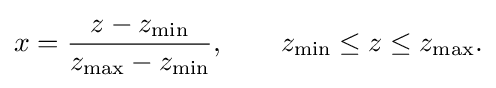
x={\frac {z-z_{\text{min}}}{z_{\text{max}}-z_{\text{min}}}},\qquad z_{\text{min}}\leq z\leq z_{\text{max}}.\,\!